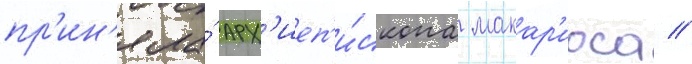
пр'ин'яла́ арх'иеп'и́скопа макар'иоса //